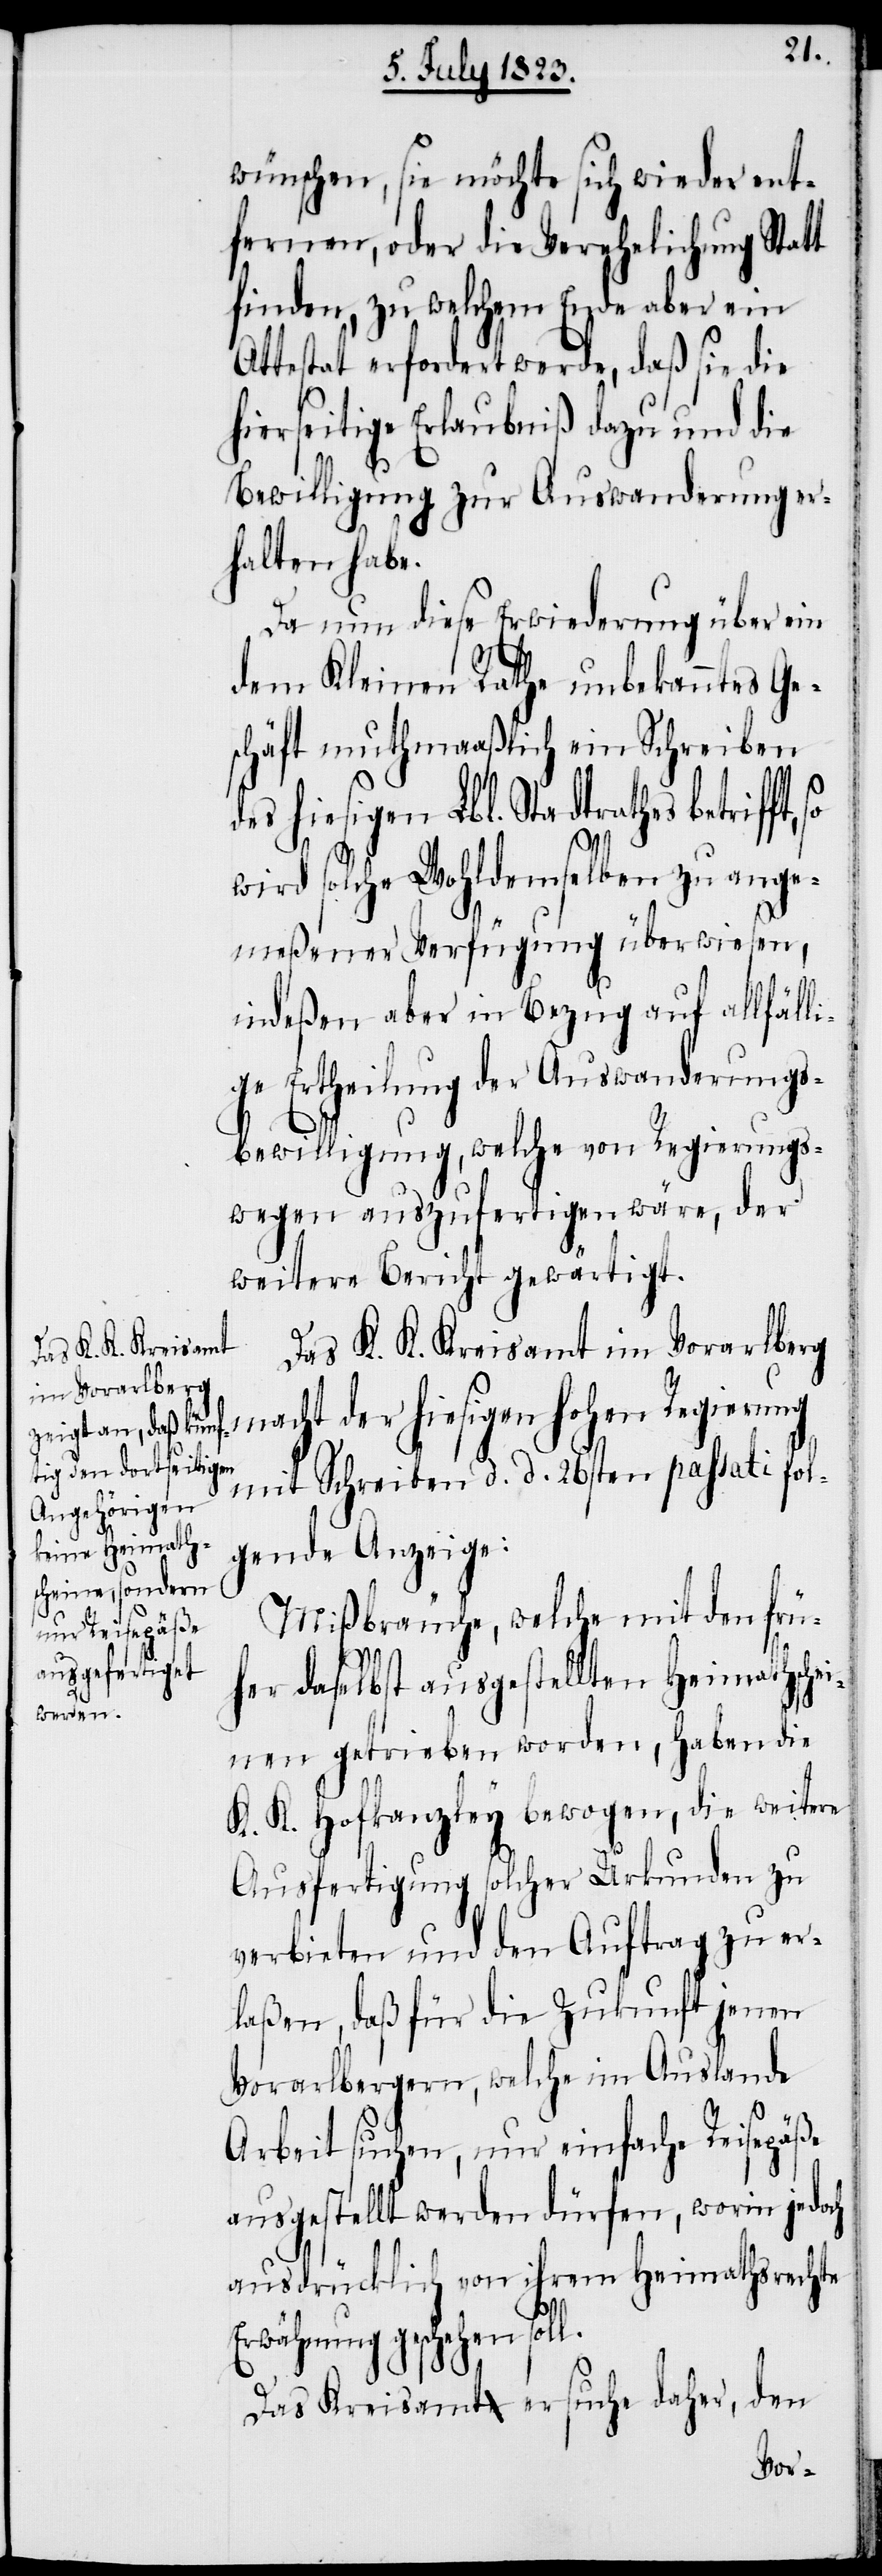
l.
wünschen, sie möchte sich wieder ent¬
fernen, oder die Verehelichung Statt
finden, zu welchem Ende aber ein
Attestat erfordert werde, daß sie die
hierseitige Erlaubniß dazu und die
Bewilligung zur Auswanderung er¬
halten habe.
Da nun diese Erwiederung über ein
dem Kleinen Rathe unbekanntes Ge¬
schäft muthmaaßlich ein Schreiben
des hiesigen Lbl. Stadtrathes betriff¬
t,
wird solche Wohldemselben zu ange¬
meßener Verfügung überwiesen,
indeßen aber in Bezug auf allfäll¬
ige Ertheilung der Auswanderungs¬
bewilligung, welche von Regierungs¬
wegen auszufertigen wäre, der
weitere Bericht gewärtigt.
Das K. K. Kreisamt im Vorarlberg
macht der hiesigen hohen Regierung
mit Schreiben d. d. 26sten passati fol¬
gende Anzeige:
Mißbräuche, welche mit den frü¬
her daselbst ausgestellten Heimathsche¬
inen getrieben worden, haben die
K. K. Hofkanzley bewogen, die weitere
Ausfertigung solcher Urkunden zu
verbieten und den Auftrag zu er¬
laßen, daß für die Zukunft jenen
Vorarlbergern, welche im Auslande
Arbeit suchen, nur einfache Reisepäße
ausgestellt werden dürfen, worin jedoch
ausdrücklich von ihrem Heimathsrechte
Erwähnung geschehen sol¬
den
Das Kreisamt ersuche daher,